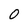
Character: O